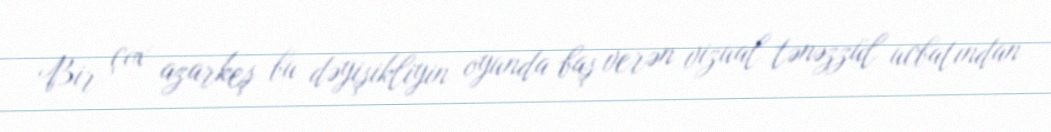
Bir çox azarkeş bu dəyişikliyin oyunda baş verən vizual tənəzzül ucbatından